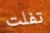
تفلت